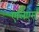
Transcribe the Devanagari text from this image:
एलिएंस